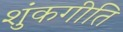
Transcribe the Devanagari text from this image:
शुंकगीति